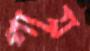
গায়